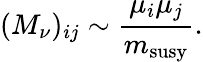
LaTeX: (M_{\nu})_{ij}\sim{\frac{\mu_{i}\mu_{j}}{m_{\mathrm{susy}}}}.